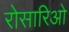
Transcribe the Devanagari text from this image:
रोसारिओ